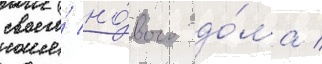
своего́ но́вого до́ма /